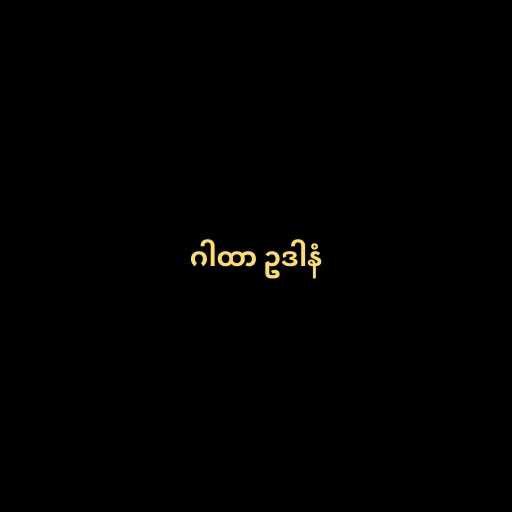
ဂါထာ ဥဒါနံ